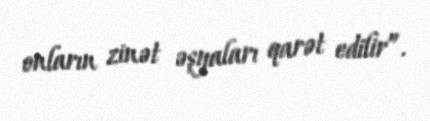
onların zinət əşyaları qarət edilir”.